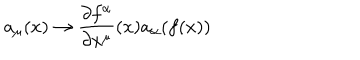
a _ { \mu } ( x ) \to \frac { \partial f ^ { \alpha } } { \partial x ^ { \mu } } ( x ) a _ { \alpha } ( f ( x ) )